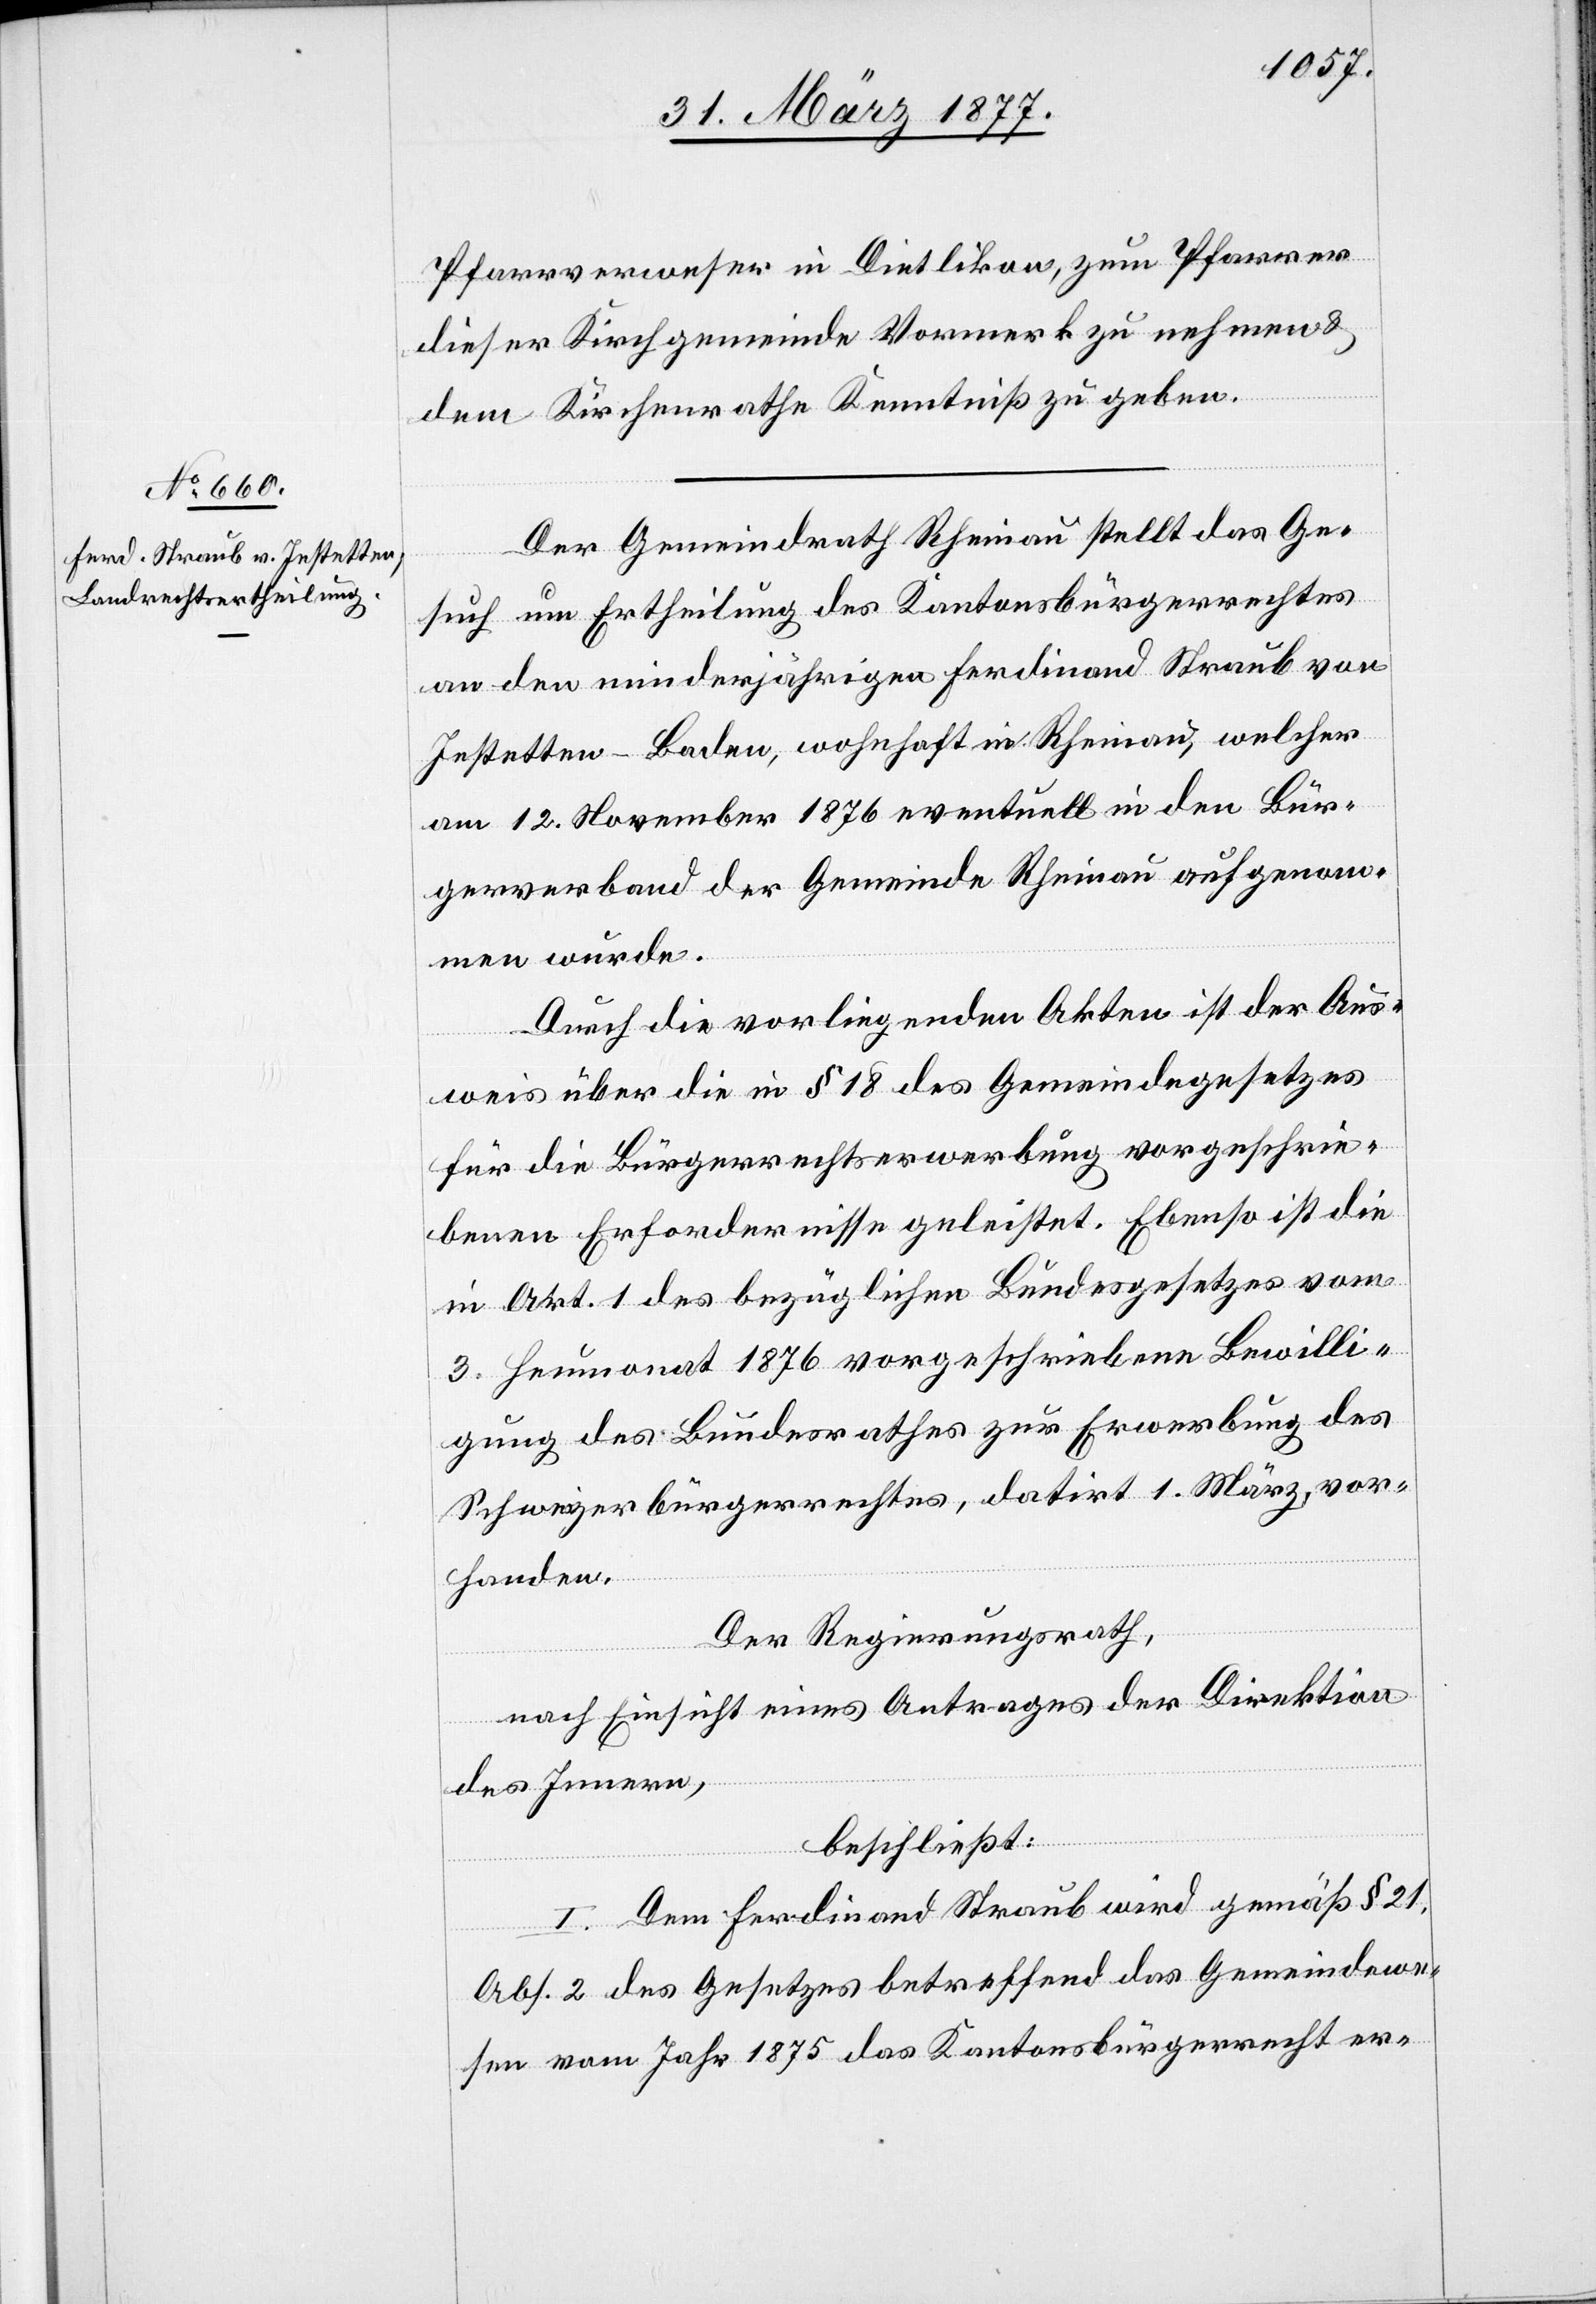
Pfarrverweser in Dietlikon, zum Pfarrer
dieser Kirchgemeinde Vormerk zu nehmen &
dem Kirchenrathe Kenntniß zu geben.
Der Gemeindrath Rheinau stellt das Ge¬
such um Ertheilung des Kantonsbürgerrechtes
an den minderjährigen Ferdinand Straub von
Jestetten - Baden, wohnhaft in Rheinau, welcher
am 12. November 1876 eventuell in den Bür¬
gerverband der Gemeinde Rheinau aufgenom¬
men wurde.
Durch die vorliegenden Akten ist der Aus¬
weis über die in § 18 des Gemeindegesetzes
für die Bürgerrechtserwerbung vorgeschrie¬
benen Erfordernisse geleistet. Ebenso ist die
in Art. 1 des bezüglichen Bundesgesetzes vom
3. Heumonat 1876 vorgeschriebene Bewilli¬
gung des Bundesrathes zur Erwerbung des
Schweizerbürgerrechtes, datiert 1. März, vor¬
handen.
Der Regierungsrath,
nach Einsicht eines Antrages der Direktion
des Innern,
beschließt:
I. Dem Ferdinand Straub wird gemäß § 21,
Abs. 2 des Gesetzes betreffend das Gemeindewe¬
sen vom Jahr 1875 das Kantonsbürgerrecht er-